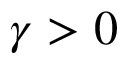
\gamma > 0